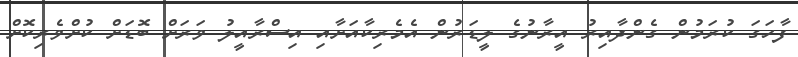
ފާހަގަ ކުރަމުން ގެންދާއިރު އީރާނުގެ ލީޑަރުން އެމެރިކާއަށާއި އިސްރާއީލު ވަރަށް ބޮޑަށް ކުށްވެރިކޮށް